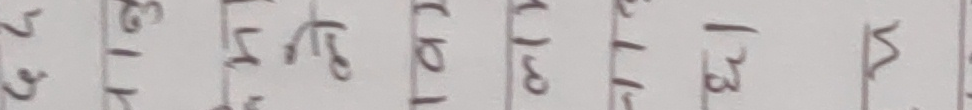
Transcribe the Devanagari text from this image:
२ ५ ३ १८ १ ५ १ ९ २ ७ १ ५ १ २ ३ २